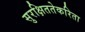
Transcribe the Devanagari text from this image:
सुरक्षिततेकरिता